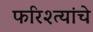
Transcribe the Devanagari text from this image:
फरिश्त्यांचे